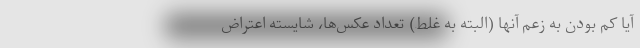
آیا کم بودن به زعم آنها (البته به غلط) تعداد عکس‌ها، شایسته اعتراض